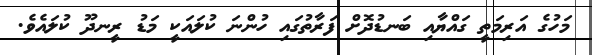
މަހުގެ އަރިމަތީ ގައްޔާއި ބަނޑުދޮށް ފަރާތުގައި ހުންނަ ކުލައަކީ މަޑު ރީނދޫ ކުލައެވެ.